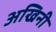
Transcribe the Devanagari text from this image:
अखिनी